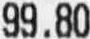
99.80